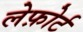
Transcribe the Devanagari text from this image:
लेफ़ोर्ट